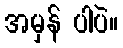
အမှန် ပါပဲ။